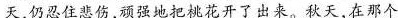
天，仍忍住悲伤，顽强地把桃花开了出来。秋天，在那个